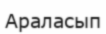
Араласып